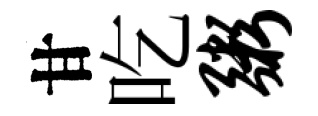
甘吃粥